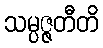
သမ္ပဇ္ဇတီတိ